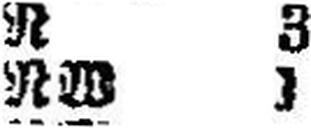
RW 1